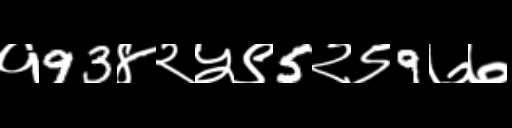
Text: १93४२५९5२९9७७